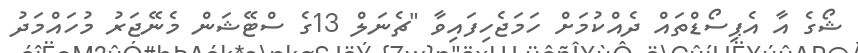
ޝޯގެ އާ އެޕިސޯޑްތައް ދެއްކުމަށް ހަމަޖެހިފައިވާ "ޗެނަލް 13ގެ ސްޓޭޝަން މެނޭޖަރު މުހައްމަދު